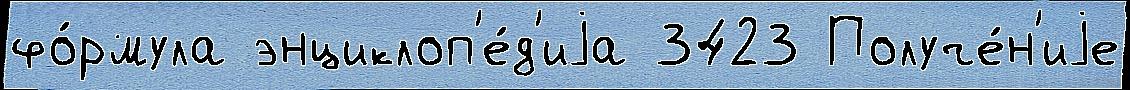
фо́рмула энциклоп'е́д'иjа 3423 Получе́н'иjе